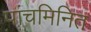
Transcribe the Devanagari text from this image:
पांचमिनित